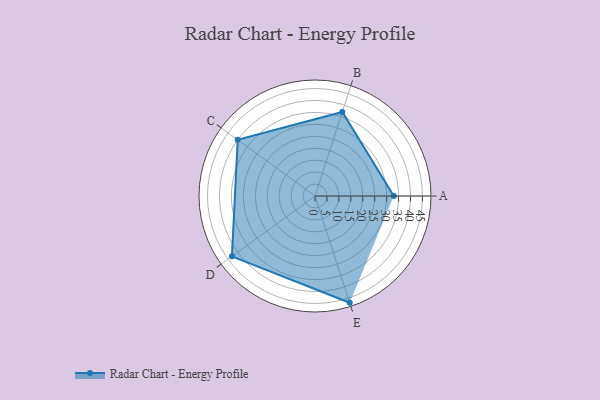
{"axis": {"x": "Skill", "y": "Score"}, "legend": ["Profile"], "data": [{"x": "A", "y": 33.0, "type": "Profile"}, {"x": "B", "y": 37.0, "type": "Profile"}, {"x": "C", "y": 40.0, "type": "Profile"}, {"x": "D", "y": 43.0, "type": "Profile"}, {"x": "E", "y": 47.0, "type": "Profile"}]}